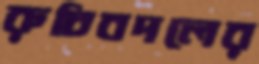
রুচিবদলের